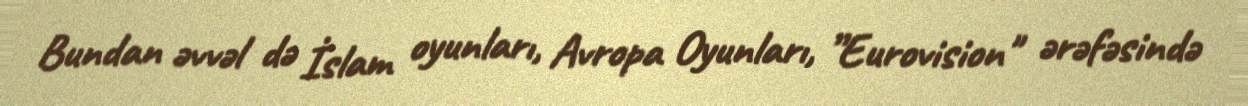
Bundan əvvəl də İslam oyunları, Avropa Oyunları, ”Eurovision" ərəfəsində